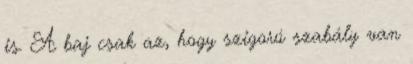
is. A baj csak az, hogy szigorú szabály van